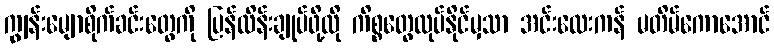
ကျွန်းမျောစိုက်ခင်းတွေကို ပြန်ထိန်းချုပ်ဖို့လို ကိစ္စတွေလုပ်နိုင်မှသာ အင်းလေးကန် မတိမ်ကောအောင်